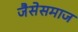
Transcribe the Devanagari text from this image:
जैसेसमाज